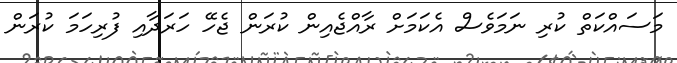
މަސައްކަތް ކުރި ނަމަވެސް އެކަމަށް ރާއްޖެއިން ކުރަން ޖެހޭ ހަރަދާއި ފުރިހަމަ ކުރަން